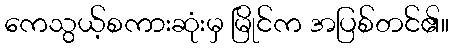
ကေသွယ့်စကားဆုံးမှ မြိုင်က အပြစ်တင်၏။